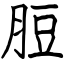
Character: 脰